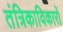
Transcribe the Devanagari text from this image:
तंत्रिकाविकारों